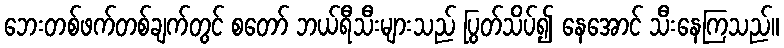
ဘေးတစ်ဖက်တစ်ချက်တွင် စတော် ဘယ်ရီသီးများသည် ပြွတ်သိပ်၍ နေအောင် သီးနေကြသည်။